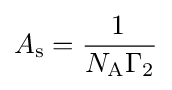
A_{\text{s}}={\frac {{1}\,}{N_{\text{A}}\Gamma _{2}}}